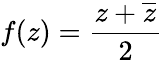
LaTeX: f(z)={\frac{z+{\overline{{z}}}}{2}}